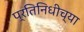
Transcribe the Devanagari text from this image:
प्रतिनिधीच्या